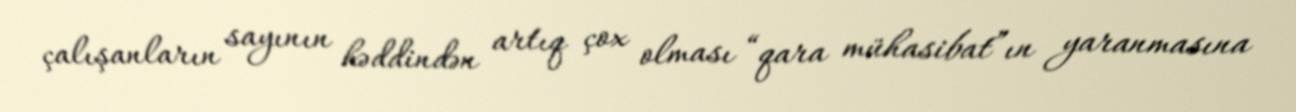
çalışanların sayının həddindən artıq çox olması “qara mühasibat”ın yaranmasına